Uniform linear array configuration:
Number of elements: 32
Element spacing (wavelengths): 1
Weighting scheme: blackman
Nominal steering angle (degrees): -60
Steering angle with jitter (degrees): -61.564
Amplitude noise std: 0.05
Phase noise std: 0.05

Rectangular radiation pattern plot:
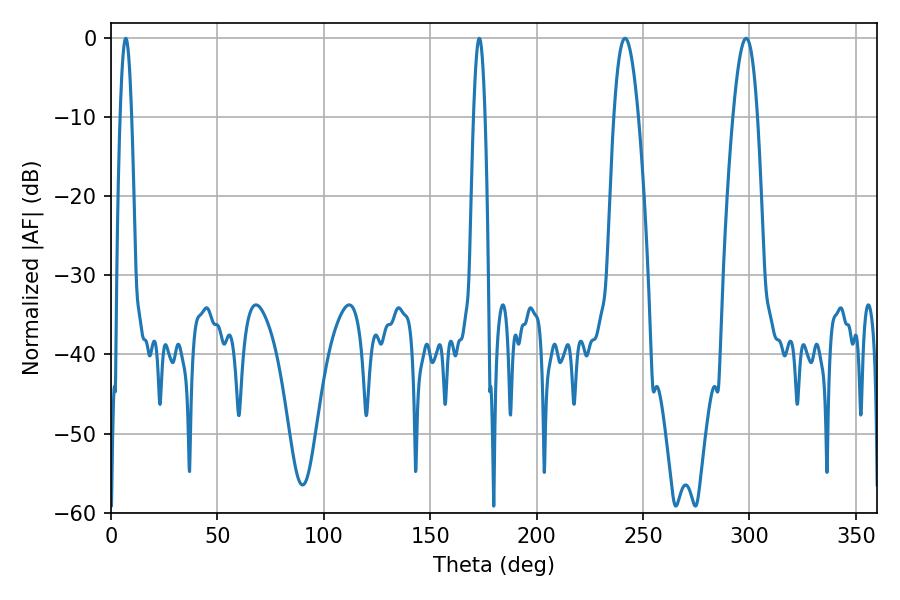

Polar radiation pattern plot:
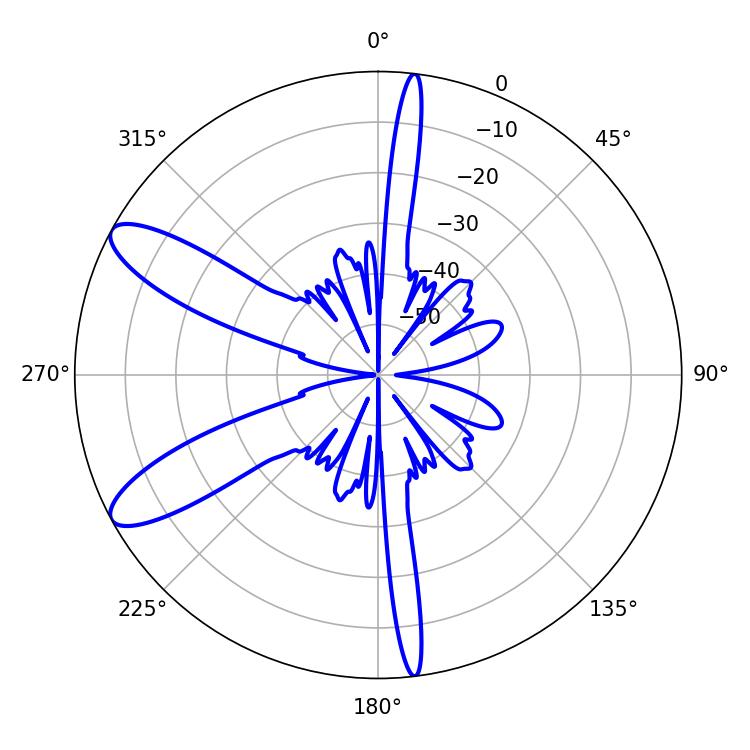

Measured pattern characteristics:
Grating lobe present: TRUE
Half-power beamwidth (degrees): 6.3
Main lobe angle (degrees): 298.44